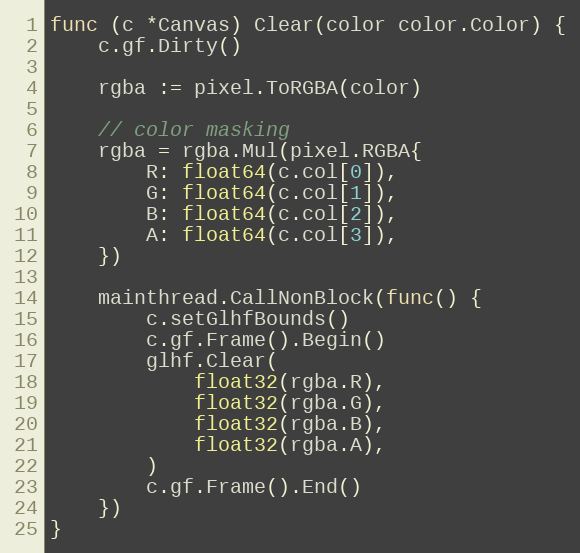
Language: Go
func (c *Canvas) Clear(color color.Color) {
	c.gf.Dirty()

	rgba := pixel.ToRGBA(color)

	// color masking
	rgba = rgba.Mul(pixel.RGBA{
		R: float64(c.col[0]),
		G: float64(c.col[1]),
		B: float64(c.col[2]),
		A: float64(c.col[3]),
	})

	mainthread.CallNonBlock(func() {
		c.setGlhfBounds()
		c.gf.Frame().Begin()
		glhf.Clear(
			float32(rgba.R),
			float32(rgba.G),
			float32(rgba.B),
			float32(rgba.A),
		)
		c.gf.Frame().End()
	})
}